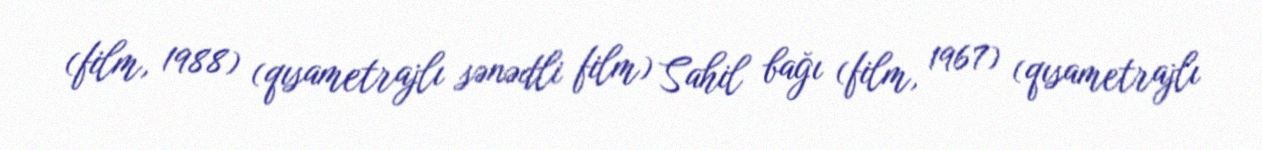
(film, 1988) (qısametrajlı sənədli film) Sahil bağı (film, 1967) (qısametrajlı